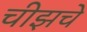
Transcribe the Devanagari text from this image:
चीझचे